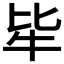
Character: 𤘤